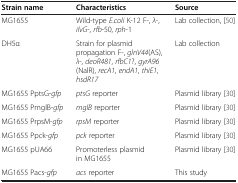
<table><thead><tr><td><b>Strain name</b></td><td><b>Characteristics</b></td><td><b>Source</b></td></tr></thead><tbody><tr><td>MG1655</td><td>Wild-type <i>E.coli</i> K-12 F-, <i>λ</i>-, <i>ilvG</i>-, <i>rfb</i>-50, <i>rph</i>-1</td><td>Lab collection,[50]</td></tr><tr><td>DH5α</td><td>Strain for plasmid propagation F-, <i>glnV44</i>(AS), <i>λ</i>-, <i>deoR481</i>, <i>rfbC1</i>?, <i>gyrA96</i>(NalR), <i>recA1</i>, <i>endA1</i>, <i>thiE1</i>, <i>hsdR17</i></td><td>Lab collection</td></tr><tr><td>MG1655 PptsG-<i>gfp</i></td><td><i>ptsG</i> reporter</td><td>Plasmid library[30]</td></tr><tr><td>MG1655 PmglB-<i>gfp</i></td><td><i>mglB</i> reporter</td><td>Plasmid library[30]</td></tr><tr><td>MG1655 PrpsM-<i>gfp</i></td><td><i>rpsM</i> reporter</td><td>Plasmid library[30]</td></tr><tr><td>MG1655 Ppck-<i>gfp</i></td><td><i>pck</i> reporter</td><td>Plasmid library[30]</td></tr><tr><td>MG1655 pUA66</td><td>Promoterless plasmid in MG1655</td><td>Plasmid library[30]</td></tr><tr><td>MG1655 Pacs-<i>gfp</i></td><td><i>acs</i> reporter</td><td>This study</td></tr></tbody></table>